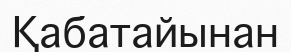
Қабатайынан